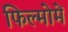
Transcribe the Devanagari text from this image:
फिल्मोमें